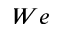
W e